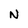
Character: N